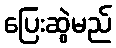
ပြေးဆွဲမည်